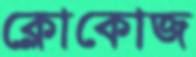
ক্লোকোজ